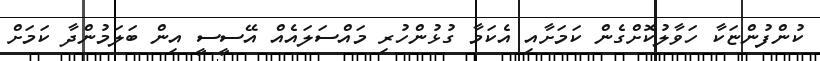
ކުންފުންޏަކާ ހަވާލުކޮށްގެން ކަމަށާއި އެކަމާ ގުޅުންހުރި މައްސަލައެއް އޭސީސީ އިން ބަލަމުންދާ ކަމަށް